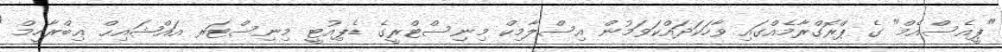
"ޕީއެސްއެމް" ގެ ޕްރޮގްރާމެއްގައި ވާހަކަދައްކަވަމުން އިސްލާމިކް މިނިސްޓްރީގެ ޑެޕިއުޓީ މިނިސްޓަރ އައްޝައިޙް ޢިބްރާހީމް